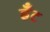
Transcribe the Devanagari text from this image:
हँट